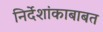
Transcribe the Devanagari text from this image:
निर्देशांकाबाबत